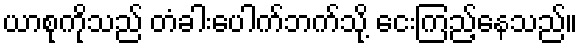
ယာစုကိုသည် တံခါးပေါက်ဘက်သို့ ငေးကြည့်နေသည်။